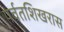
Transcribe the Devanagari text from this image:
पर्वतशिखरास